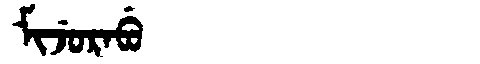
Manchu: ᠮᡳᠵᡠᡵᠠᠪᡠ
Romanization: MIJURABU